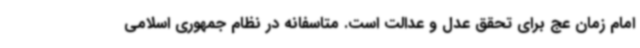
امام زمان عج برای تحقق عدل و عدالت است. متاسفانه در نظام جمهوری اسلامی